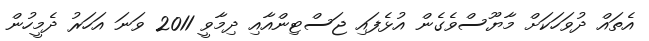
އެތައް ދުވަހަކަށް މާޔޫސްވެގެން އުޅެފައި ޖަސްޓިންއާއި ދިމާވީ 2011 ވަނަ އަހަރު ދެމީހުން